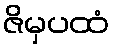
ဇိမှပထံ